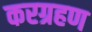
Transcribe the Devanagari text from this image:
करग्रहण